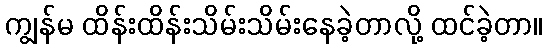
ကျွန်မ ထိန်းထိန်းသိမ်းသိမ်းနေခဲ့တာလို့ ထင်ခဲ့တာ။